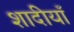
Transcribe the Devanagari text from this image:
शादीयाँ